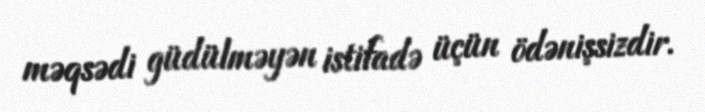
məqsədi güdülməyən istifadə üçün ödənişsizdir.